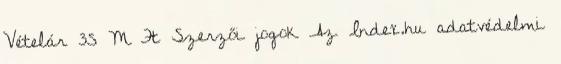
Vételár 35 M Ft Szerzői jogok Az Index.hu adatvédelmi